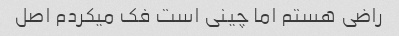
راضی هستم اما چینی است فک میکردم اصل